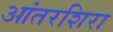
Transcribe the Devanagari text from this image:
आंतरशिरा